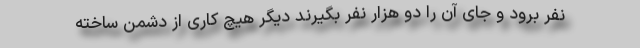
نفر برود و جای آن را دو هزار نفر بگیرند دیگر هیچ کاری از دشمن ساخته